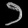
Digit: ၁